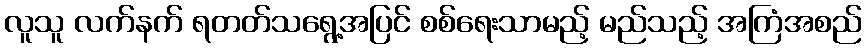
လူသူ လက်နက် ရတတ်သရွေ့အပြင် စစ်ရေးသာမည့် မည်သည့် အကြံအစည်